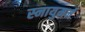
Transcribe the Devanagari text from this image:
स्नायुमर्म